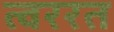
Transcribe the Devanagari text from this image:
त्वररत